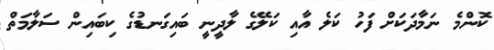
ކޮންމެ ނަމާދަކަށް ފަހު ކަލެ އާއި ކަލޭގެ ލާދީނީ ބައިގަނޑުގެ ކިބައިން ސަލާމަތް